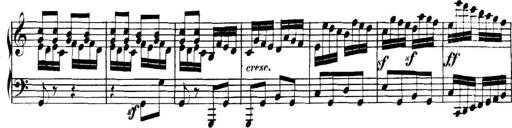
Title: Collected Piano Sonatas
Composer: Muzio Clementi